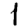
Digit: 1